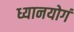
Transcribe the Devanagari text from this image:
ध्यानयोगं